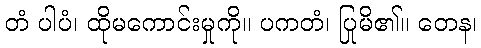
တံ ပါပံ၊ ထိုမကောင်းမှုကို။ ပကတံ၊ ပြုမိ၏။ တေန၊